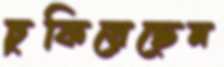
চুকিয়েছেন